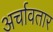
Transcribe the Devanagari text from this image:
अर्चावतार